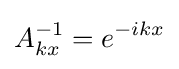
A_{kx}^{-1}=e^{-ikx}